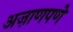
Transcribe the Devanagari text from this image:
अज़ाणपणे